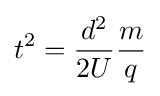
t^{2}={\frac {d^{2}}{2U}}{\frac {m}{q}}